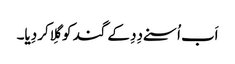
اَب اُسنے دِدِ کے گند کو گِلا کر دِیا۔